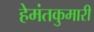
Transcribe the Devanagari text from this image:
हेमंतकुमारी